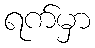
ရက်မှာ